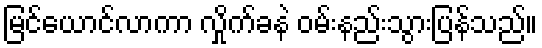
မြင်ယောင်လာကာ လှိုက်ခနဲ ဝမ်းနည်းသွားပြန်သည်။